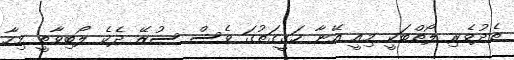
ތެދުވެރި ލޯތްބަކީ މިއީ އޭނާ ހަގީގަތުގަ ވެސް ސުޒޭ ދެކެ ލޯބިވާތީ މިހާ